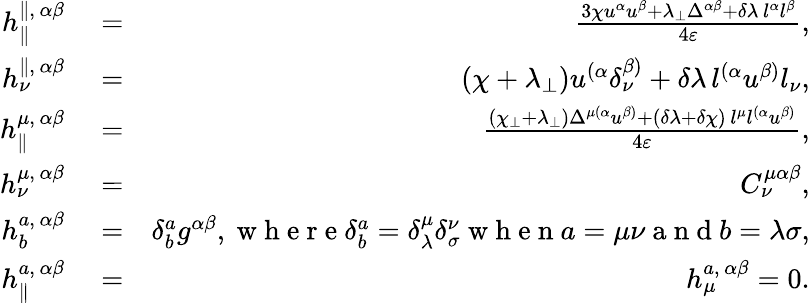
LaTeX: \begin{array}{rlr}{h_{\parallel}^{\parallel,\, \alpha\beta}}&{{}=}&{\frac{3\chi u^{\alpha}u^{\beta}+\lambda_{\perp}\Delta^{\alpha\beta}+\delta\lambda\, l^{\alpha}l^{\beta}}{4\varepsilon},}\\ {h_{\nu}^{\parallel,\, \alpha\beta}}&{{}=}&{(\chi+\lambda_{\perp})u^{(\alpha}\delta_{\nu}^{\beta)}+\delta\lambda\, l^{(\alpha}u^{\beta)}l_{\nu},}\\ {h_{\parallel}^{\mu,\, \alpha\beta}}&{{}=}&{\frac{(\chi_{\perp}+\lambda_{\perp})\Delta^{\mu(\alpha}u^{\beta)}+(\delta\lambda+\delta\chi)\, l^{\mu}l^{(\alpha}u^{\beta)}}{4\varepsilon},}\\ {h_{\nu}^{\mu,\, \alpha\beta}}&{{}=}&{C_{\nu}^{\mu\alpha\beta},}\\ {h_{b}^{a,\, \alpha\beta}}&{{}=}&{\delta_{b}^{a}g^{\alpha\beta},\mathrm{~w~h~e~r~e~}\delta_{b}^{a}=\delta_{\lambda}^{\mu}\delta_{\sigma}^{\nu}\mathrm{~w~h~e~n~}a=\mu\nu\mathrm{~a~n~d~}b=\lambda\sigma,}\\ {h_{\parallel}^{a,\, \alpha\beta}}&{{}=}&{h_{\mu}^{a,\, \alpha\beta}=0.}\end{array}